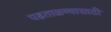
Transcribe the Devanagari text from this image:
पडताळण्यासाठी